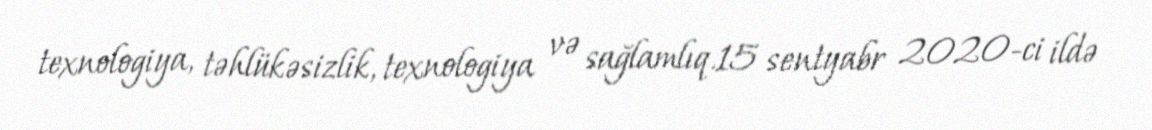
texnologiya, təhlükəsizlik, texnologiya və sağlamlıq.15 sentyabr 2020-ci ildə